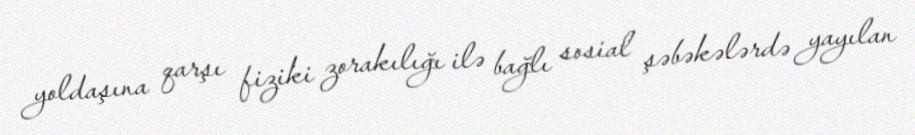
yoldaşına qarşı fiziki zorakılığı ilə bağlı sosial şəbəkələrdə yayılan